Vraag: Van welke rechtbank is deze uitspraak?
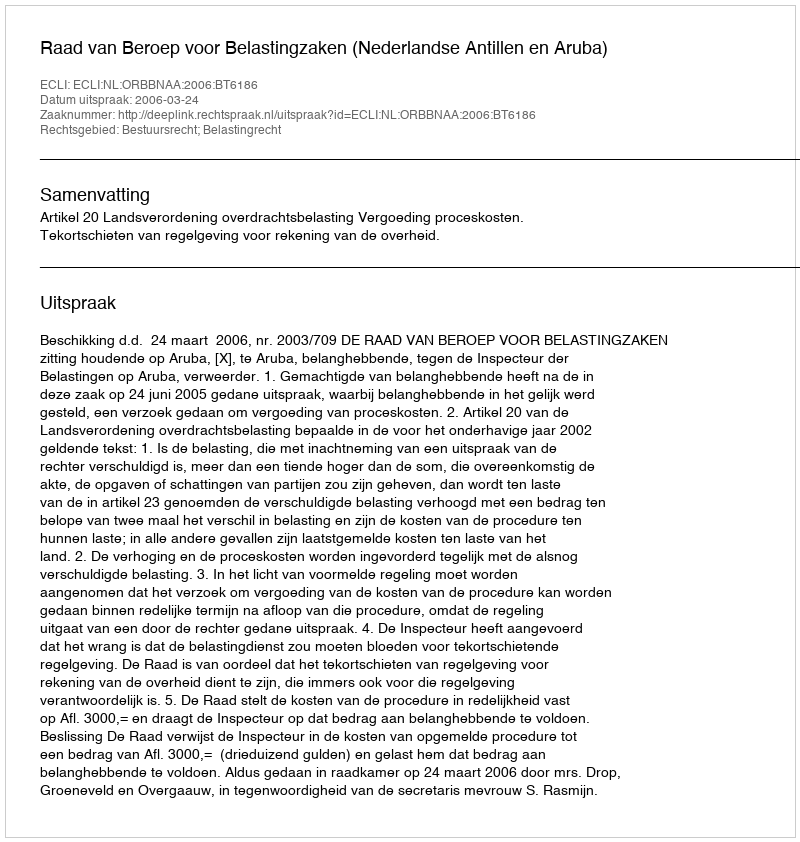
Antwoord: Raad van Beroep voor Belastingzaken (Nederlandse Antillen en Aruba)